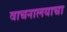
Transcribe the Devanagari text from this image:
वाचनालयाचा